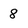
Character: 8